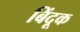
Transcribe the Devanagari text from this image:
बिंदूक